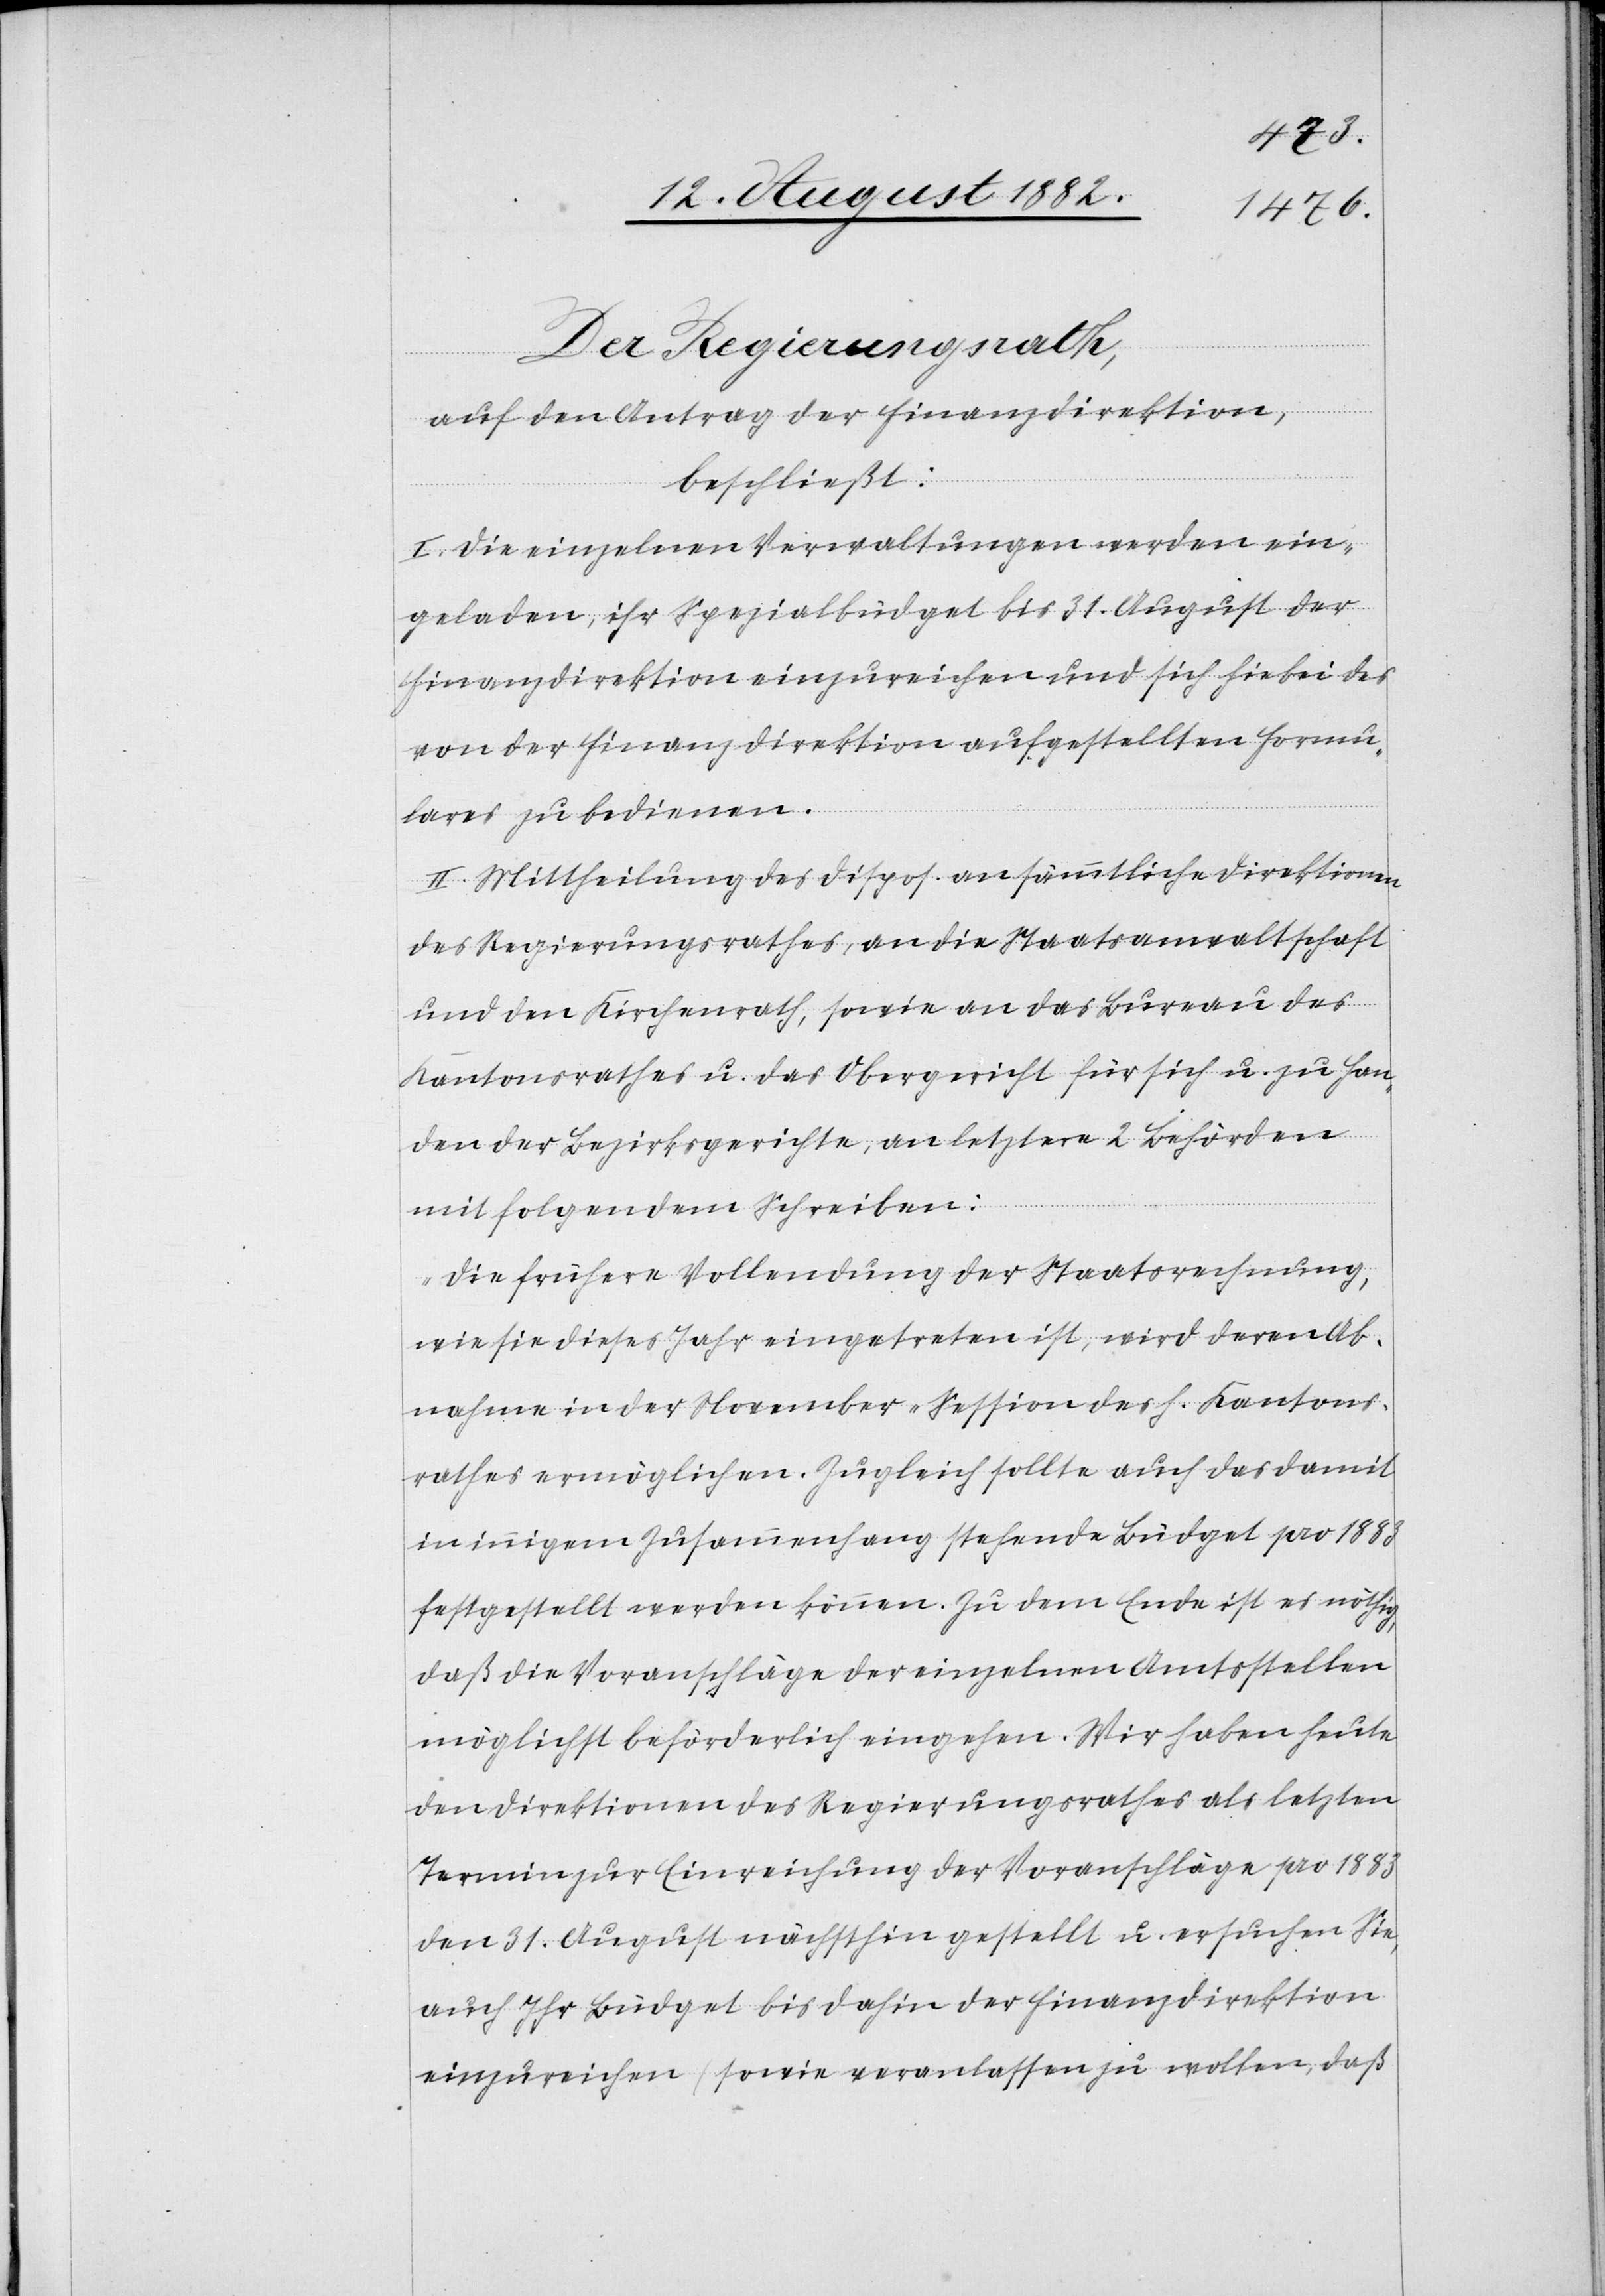
Der Regierungsrath,
auf den Antrag der Finanzdirektion,
beschließt:
I. Die einzelnen Verwaltungen werden ein¬
geladen, ihr Spezialbüdget bis 31. August der
Finanzdirektion einzureichen und sich hiebei des
von der Finanzdirektion aufgestellten Formu¬
lares zu bedienen.
II. Mittheilung des Dispos. an sämmtliche Direktionen
des Regierungsrathes, an die Staatsanwaltschaft
und den Kirchenrath, sowie an das Bureau des
Kantonsrathes u. das Obergericht für sich u. zu Han¬
den der Bezirksgerichte, an letztere 2 Behörden
mit folgendem Schreiben:
„Die frühere Vollendung der Staatsrechnung,
wie sie dieses Jahr eingetreten ist, wird deren Ab¬
nahme in der November-Session des h. Kantons¬
rathes ermöglichen. Zugleich sollte auch das damit
in innigem Zusammenhang stehende Büdget pro 1883
festgestellt werden können. Zu dem Ende ist es nöthig,
daß die Voranschläge der einzelnen Amtsstellen
möglichst beförderlich eingehen. Wir haben heute
den Direktionen des Regierungsrathes als letzten
Termin zur Einreichung der Voranschläge pro 1883
den 31. August nächsthin gestellt u. ersuchen Sie,
auch Ihr Büdget bis dahin der Finanzdirektion
einzureichen (sowie veranlassen zu wollen, daß